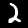
Label: 2